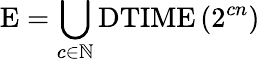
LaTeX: {\mathrm{E}}=\bigcup_{c\in\mathbb{N}}{\mathrm{DTIME}}\left(2^{cn}\right)